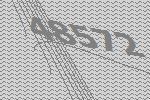
48572